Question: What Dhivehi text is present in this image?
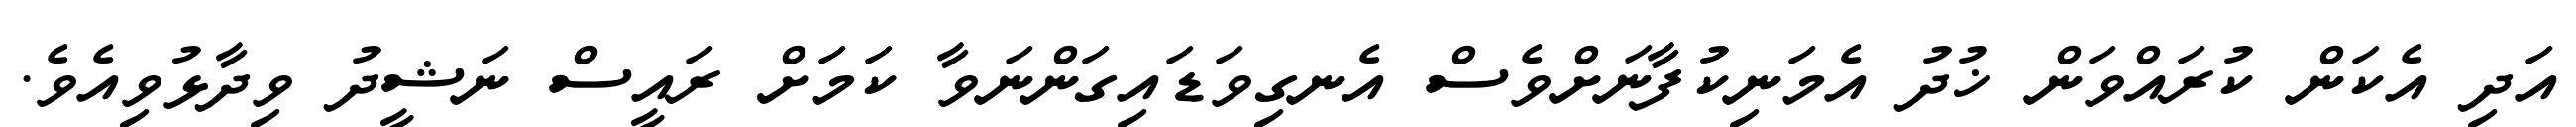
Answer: އަދި އެކަން ކުރައްވަން ޚުދު އެމަނިކުފާނަށްވެސް އެނގިވަޑައިގަންނަވާ ކަމަށް ރައީސް ނަޝީދު ވިދާޅުވިއެވެ.